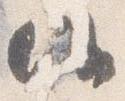
候